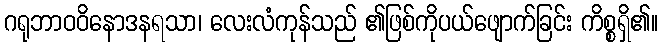
ဂရုဘာဝဝိနောဒနရသာ၊ လေးလံကုန်သည် ၏ဖြစ်ကိုပယ်ဖျောက်ခြင်း ကိစ္စရှိ၏။